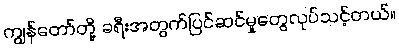
ကျွန်တော်တို့ ခရီးအတွက်ပြင်ဆင်မှုတွေလုပ်သင့်တယ်။